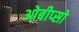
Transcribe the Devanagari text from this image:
ओबीप्‍सो